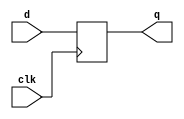
module top_module (
  input clk,
  input d,
  output reg q 
);
  
  always @(posedge clk) begin
      q <= d;
  end

endmodule